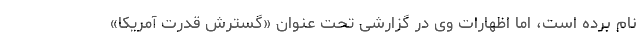
نام برده است، اما اظهارات وی در گزارشی تحت عنوان «گسترش قدرت آمریکا»